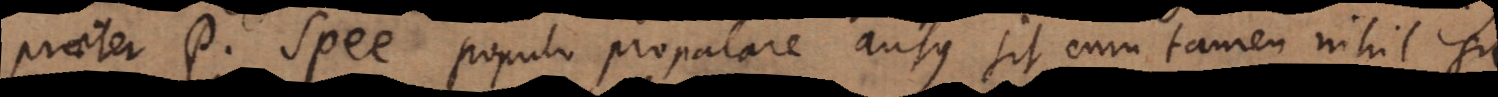
praeter P. Spee populo propalare ausus sit, cum tamen nihil sit